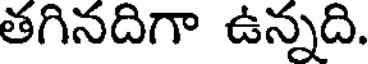
తగినదిగా ఉన్నది.